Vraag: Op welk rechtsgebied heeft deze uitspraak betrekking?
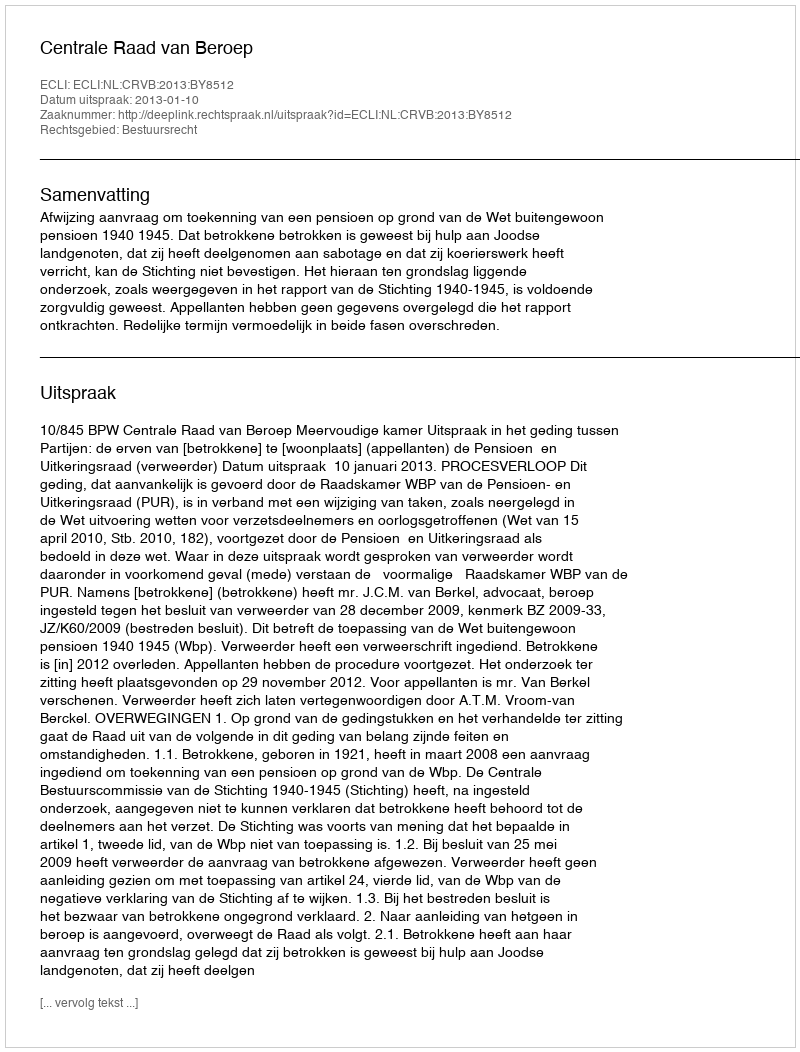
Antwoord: Bestuursrecht